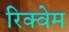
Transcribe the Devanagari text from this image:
रिक्वेम